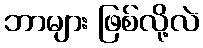
ဘာများ ဖြစ်လို့လဲ